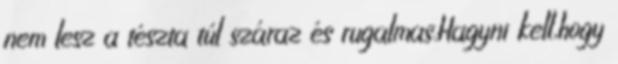
nem lesz a tészta túl száraz és rugalmas.Hagyni kell,hogy